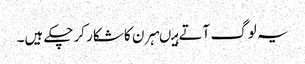
یہ لوگ آتے ہیںہرن کا شکار کرچکے ہیں۔